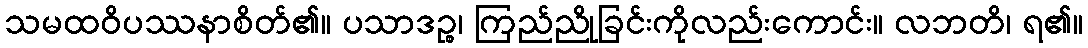
သမထဝိပဿနာစိတ်၏။ ပသာဒဉ္စ၊ ကြည်ညိုခြင်းကိုလည်းကောင်း။ လဘတိ၊ ရ၏။